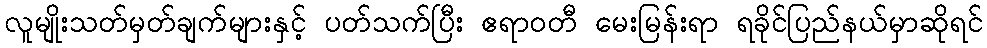
လူမျိုးသတ်မှတ်ချက်များနှင့် ပတ်သက်ပြီး ဧရာဝတီ မေးမြန်းရာ ရခိုင်ပြည်နယ်မှာဆိုရင်